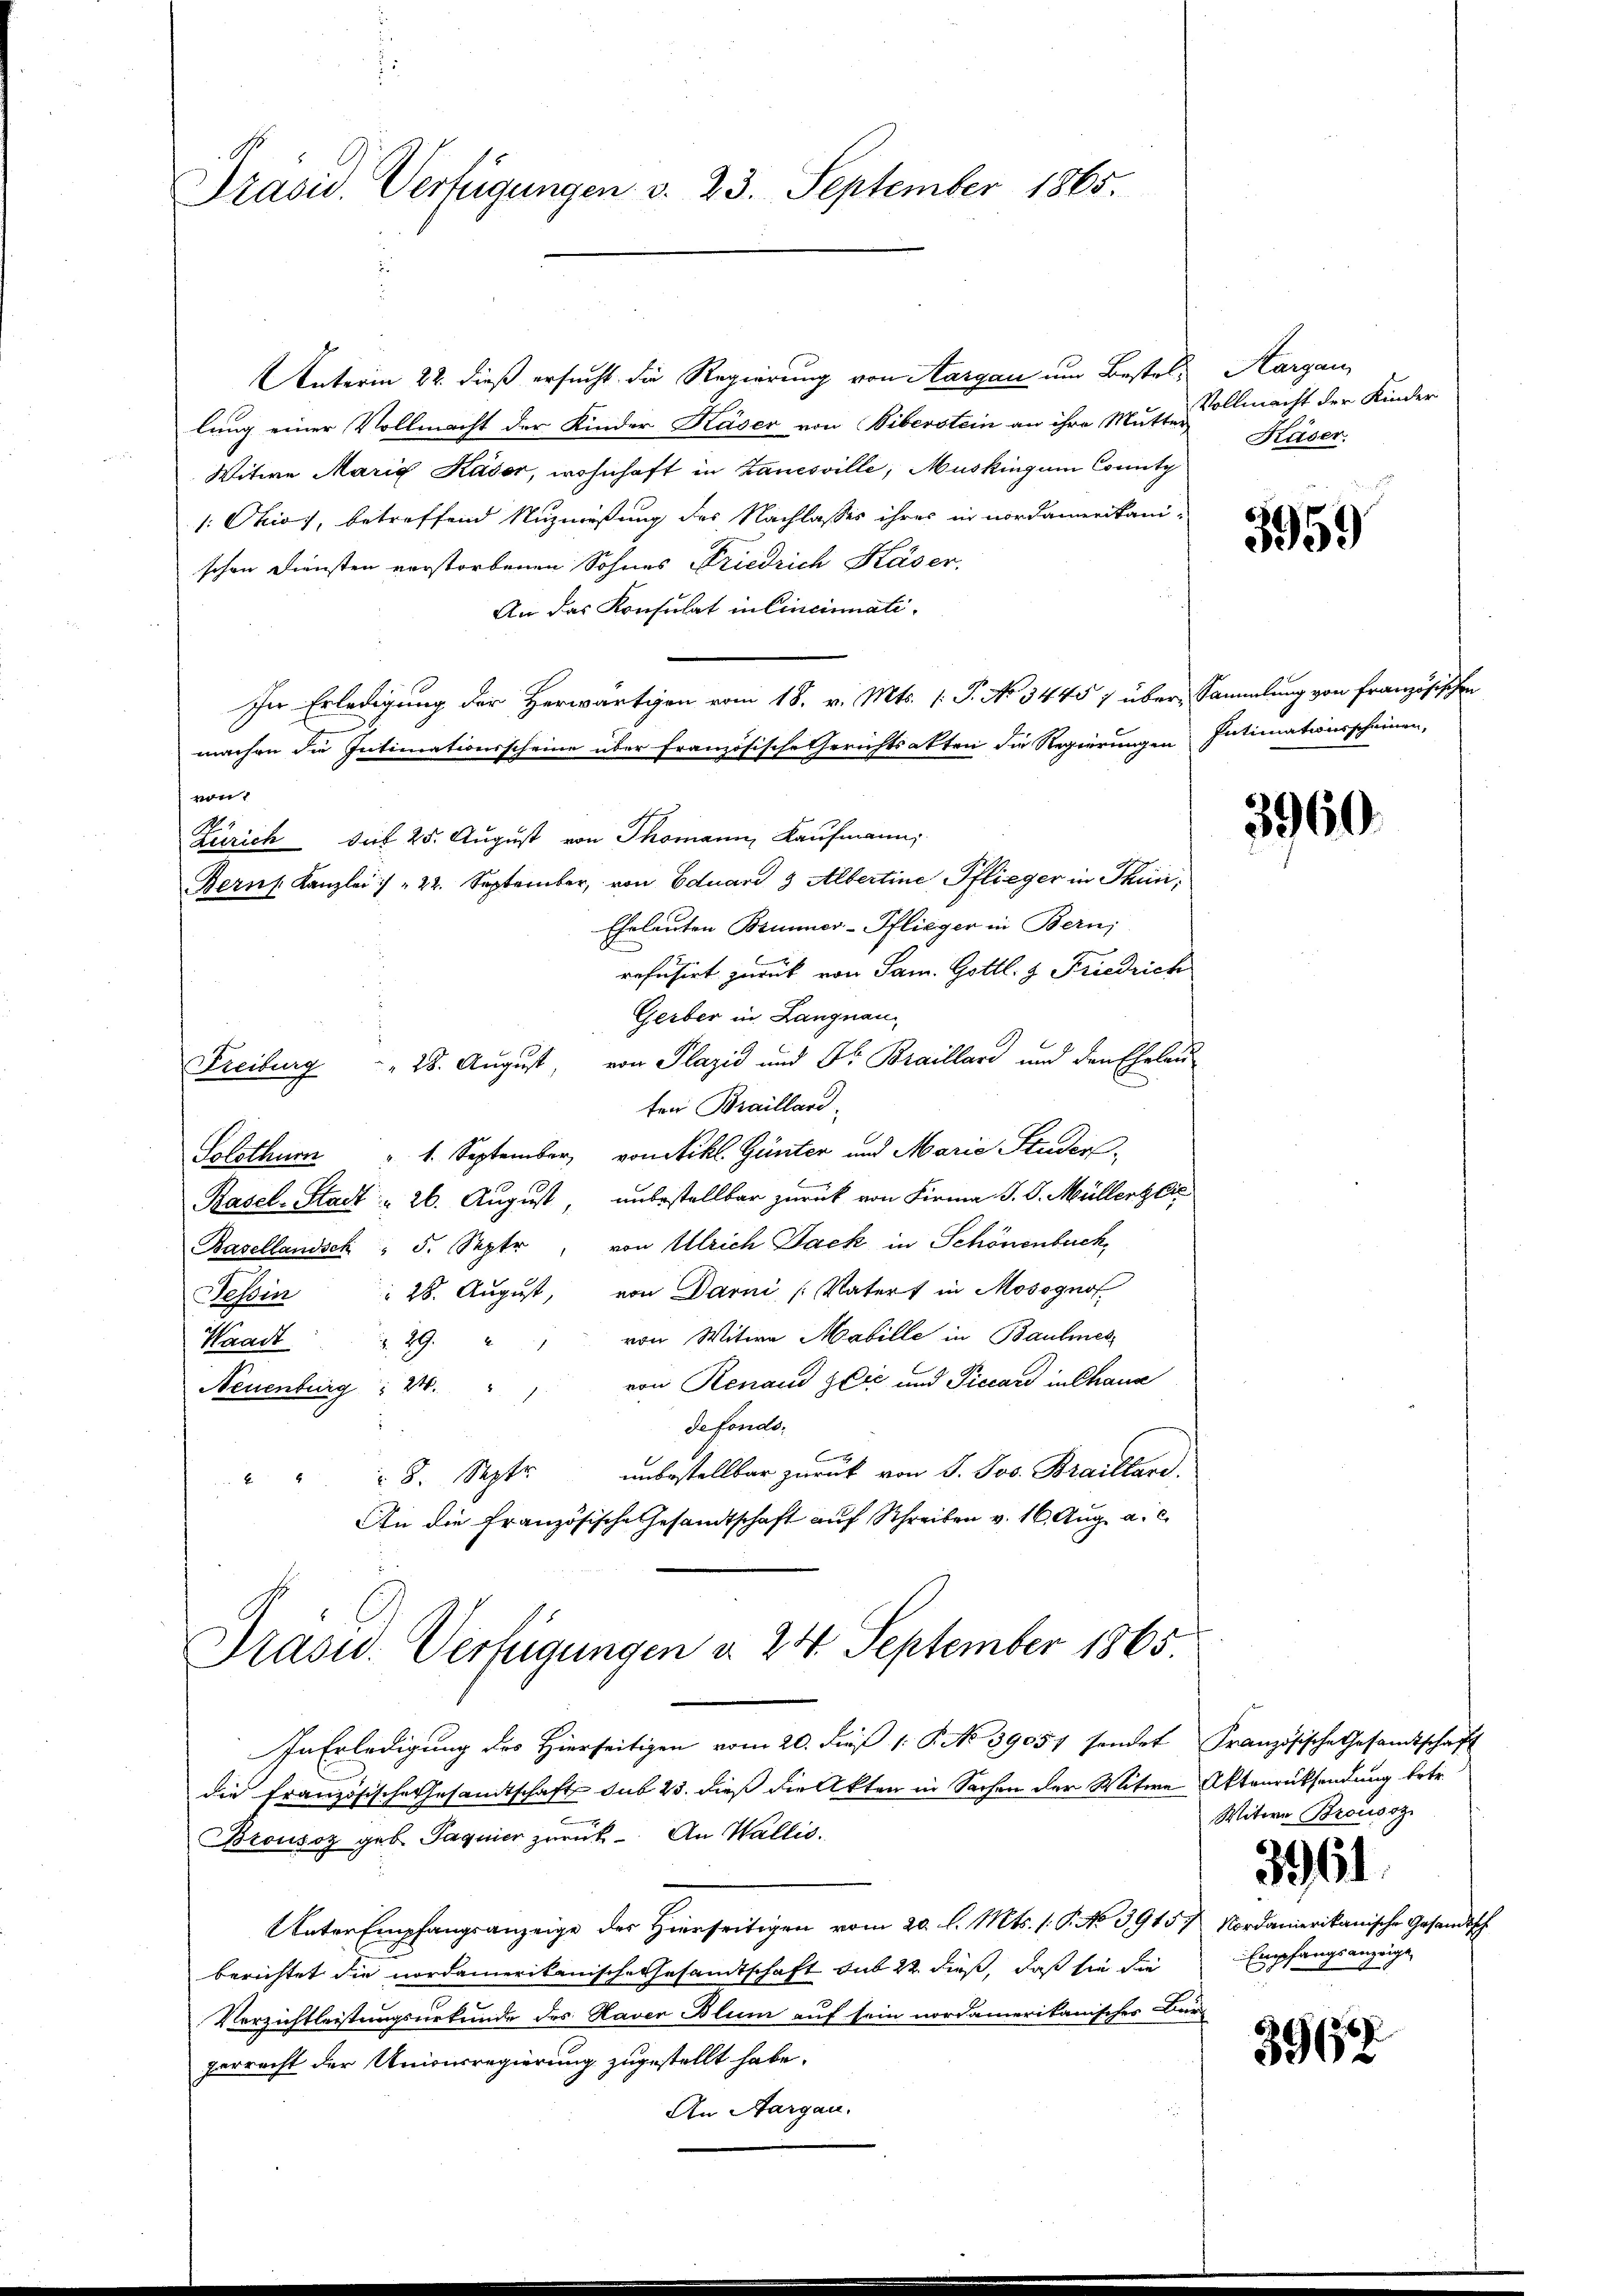
Präsid. Verfügungen v. 23. September 1865.

Unterm 22. dieß ersucht die Regierung von Aargau um Bestellung einer Vollmacht der Kinder Käser von Biberstein an ihre Mutte Vollmacht der Kinder
Witwe Maria Kaser, wohnhaft in Zanesville, Musking um County
1: Okios, betreffend Nuzmeßung des Nachlasses ihres in nordamerikani-
schen Diensten verstorbenen Sohnes Friedrich Käser.
An das Konsulat in Cincinatimachen die Intimationsscheine über französische Gerichtsakten die Regierungen Intimationsscheinen,
von
Zürich seit 25. August von Thomann, Kaufmann,
Bern Kanzlei / " 22. September, von Eduard & Albertine Pflieger in Thun,
Gheleuten Brünner-Pflieger in Bern,
b
refusirt zurück von Jam. Gottl. 9 Friedrich
Gerber in Langnau
" 28. August, von Plazić und Dr. Braillard und den Eheleu¬
Freiburg
ten Brailland.
1. September von Nikl. Günter und Marie Studer
Solothurn
Basel-Stadt = 26. August, unbestellbar zurück von Firma J. G. Müllert Cir
Basellandsch " 5. Septe, von Ulrich Jack in Schönenberch,
Tessin " 28. August, von Darni (Vaters in Mosogno
von Witwe Mabille in Baumes
Waadt u. 29.
Neuenburg  24. " " von Renaud Zlić und Piccar in Chana
defonds,
C
unbestellbar zurück von J. Jos. Braillard.
" " " 8. Septr
An die Französische Gesandtschaft auf Schreiben v. 16. Aug. a. c.

In Erledigung der Herwärtigen vom 18. v. Mts. (T. No 34457 über Sammlung von Französischen

Präsid. Verfügungen d. 24. September 1865.

Kargau,
Käser.

In Erledigung des Hierseitigen vom 20. die 1. P. No 39057 sendet Französische Gesamtschaft
die Französische Gesamtschaft sub 23. dieß die Akten in Sachen der Witwe Aktenrücksendung betr.
.
Brousoz geb. Pagnier zurück. An Wallis.
Unter Empfangsanzeige des Hierseitigen vom 20. l. Mts. (: P. No 3915. Nordamerikanische Gesandtsch
berichtet die nordamerikanisch-Gesandtschaft mit 22 dieß, daß sie die
Verzichtleistungsurkunde des Raver Blum auf sein nordamerikanischer Bürperrecht der Unionrregierung zugestellt habe.
An Aargau.

3959

3960

Witwe Brousoz
3961.
Empfangsanzeige

392